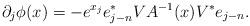
LaTeX: \begin{align*} \partial_j \phi(x) = -e^{x_j} e_{j-n}^\ast V A^{-1}(x) V^\ast e_{j-n}.\end{align*}